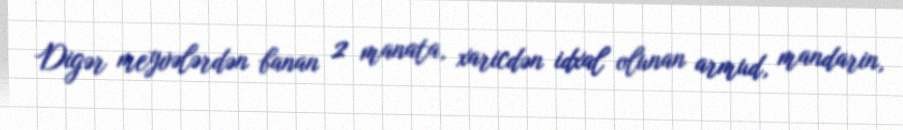
Digər meyvələrdən banan 2 manata, xaricdən idxal olunan armud, mandarin,